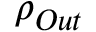
\rho _ { O u t } \,